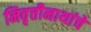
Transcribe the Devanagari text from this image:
निवृत्तीनाथांचे